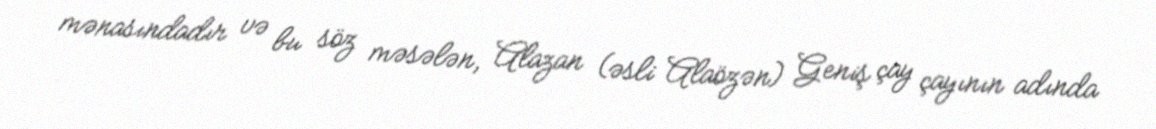
mənasındadır və bu söz məsələn, Alazan (əsli Alaözən) Geniş çay çayının adında